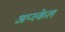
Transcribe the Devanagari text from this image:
अप्स्केल